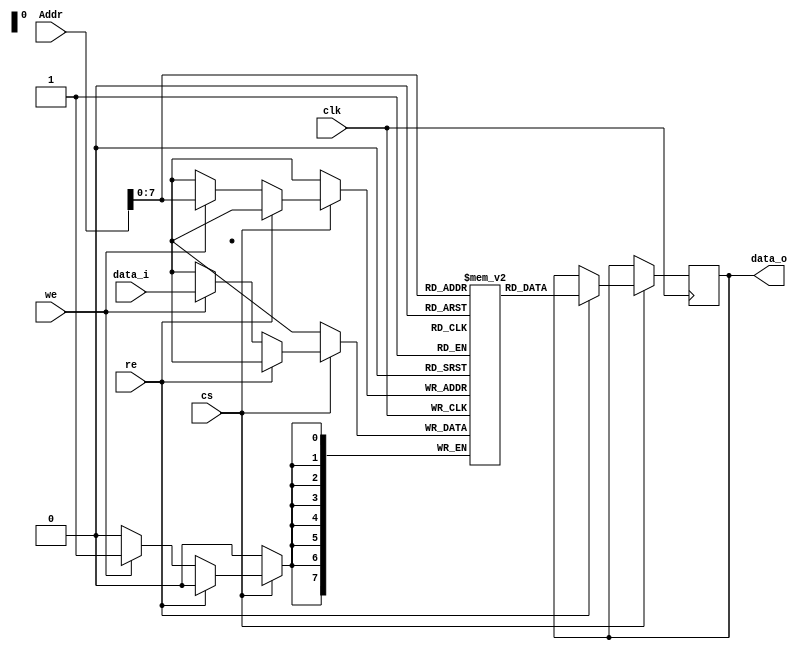
module RAM_Module #(parameter WORDLENGTH = 8,
                    parameter XLEN = 32,
                    parameter Size = 256)
                    
                   (input [XLEN-3:0] Addr,
                    input [WORDLENGTH-1:0] data_i,
                    input re,we,cs,
                    clk,
                    output reg [WORDLENGTH-1:0] data_o);
                     
 reg [WORDLENGTH-1:0] RAM_mem[0:Size-1];

always @(negedge clk)
begin
    if(cs)
        begin
            if(re)
                data_o <= RAM_mem[Addr];               
            else
            if(we)
                RAM_mem[Addr] <= data_i;
        end
end
endmodule